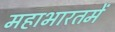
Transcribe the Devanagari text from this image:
महाभारतमें